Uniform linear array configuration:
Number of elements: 24
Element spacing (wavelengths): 0.5
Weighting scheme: hann
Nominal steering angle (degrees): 30
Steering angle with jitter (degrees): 30.99
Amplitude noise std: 0.05
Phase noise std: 0.05

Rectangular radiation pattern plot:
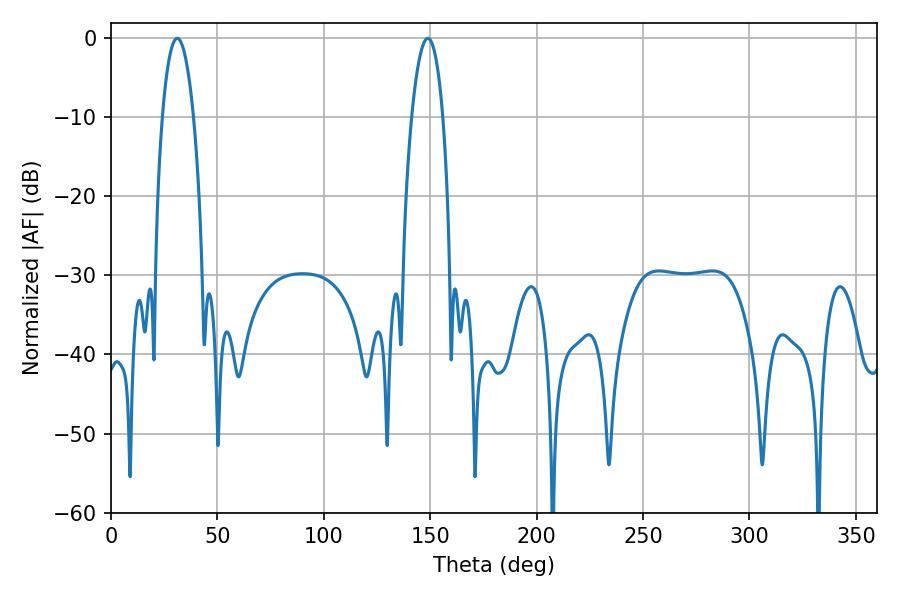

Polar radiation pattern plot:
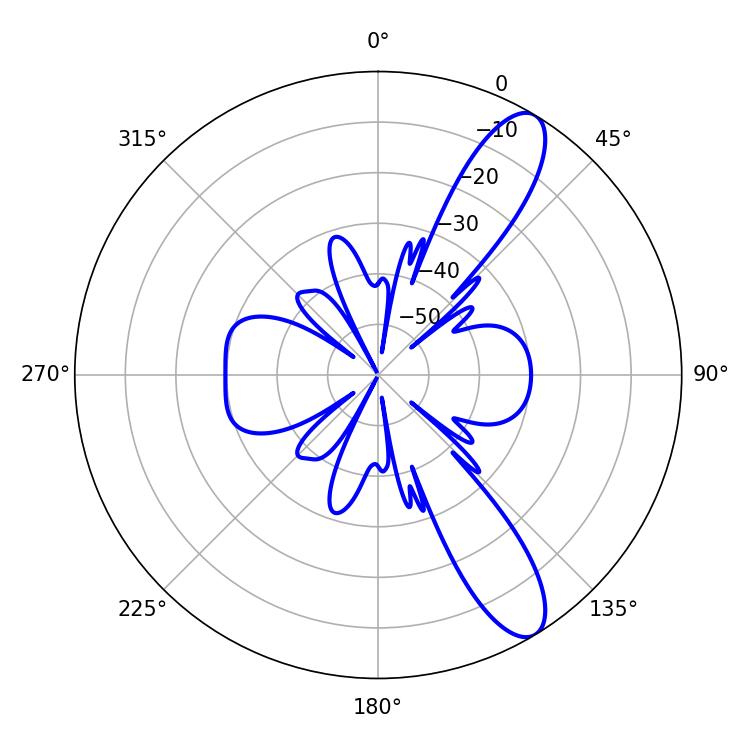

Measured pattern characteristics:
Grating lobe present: FALSE
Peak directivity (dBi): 11.034
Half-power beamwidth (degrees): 8.1
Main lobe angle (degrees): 31.14